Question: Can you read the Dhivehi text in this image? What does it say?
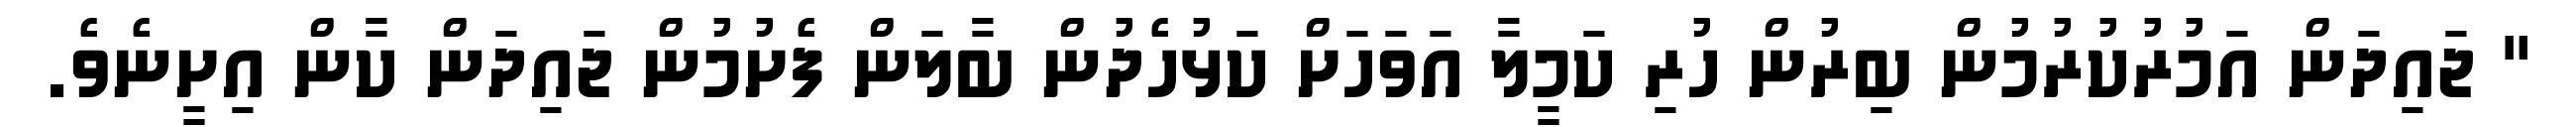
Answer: " ޖައިދަން އަމުރުކުރުމުން ބިރުން ހުރި ކަމީލާ އަވަހަށް ކަޅުހެދުން ބާލަން ފެށުމުން ޖައިދަން ކާން އިށީނެވެ.